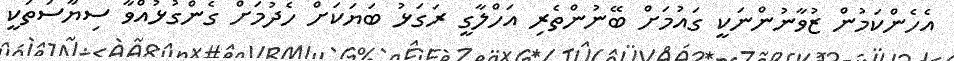
އެހެންކަމުން ޒުވާނުންނަކީ ގައުމަށް ބޭނުންތެރި އަހްލާގީ ރަގަޅު ބަޔަކަށް ހެދުމަށް ގެންގުޅުއްވާ ސިޔާސަތަކީ